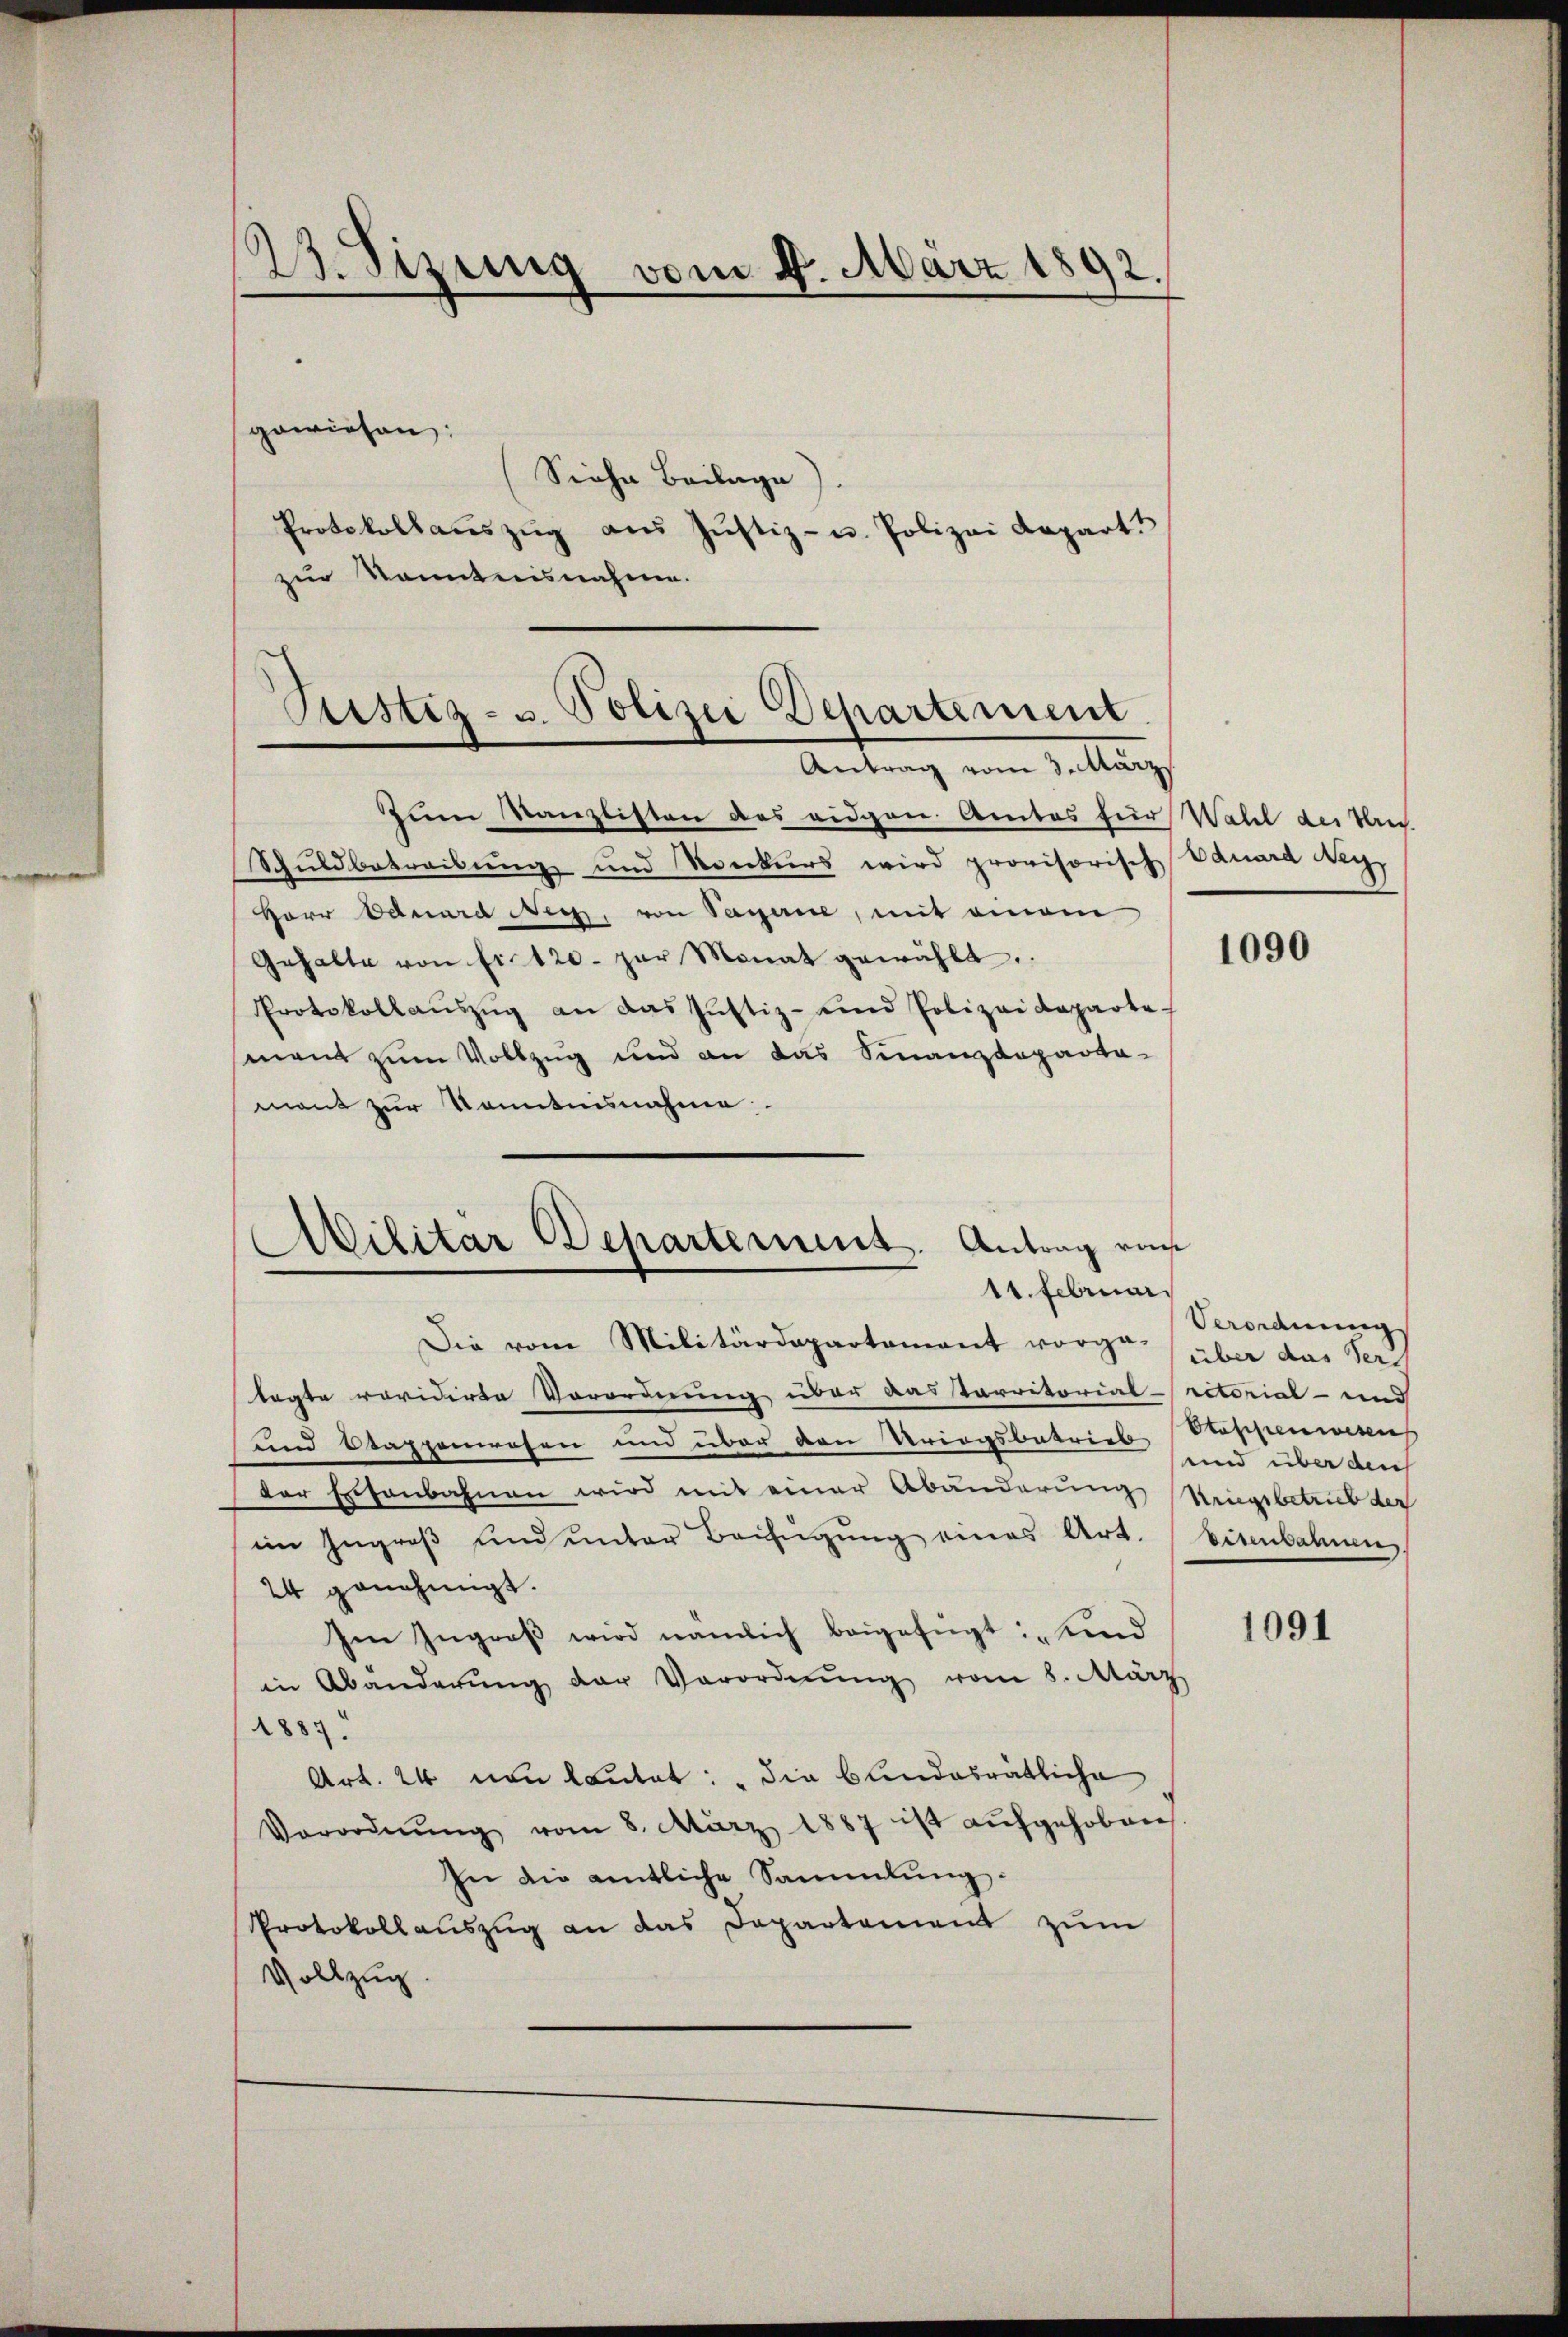
23. Sizung vom 4. März 1892.

gewiesen:
Siehe Beilage).
Protokollaŭszŭg aŭs Jŭstiz- u. Polizei Kapart
zur Kenntnisnahme.

Sistiz- u. Polizei Departement.
Antrag vom 3. März

Zum Kanzlisten des eidgen Amtes für Wahl des Ver
Schuldbetreibung und Konkurs wird provisorisch
Herr Eduard Nich, von Sagerie, mit einem
Gehalte von fr. 120. zŭr Monat gewählt.
Protokollaŭszŭg an das Jŭstiz- und Polizeideparte-
sment zum Vollzug und an das Finanzdeparta-
mant zur Kenntnisnahme

Militär Departement. Antrag von
.
11. Februar

Die vom Militärdepartement vorge (über das Vertagte revidirte Vorordnung über dastarritorial-rectorial - und
und Stappenrosen und über den Kriegsbetrieb Stoppenitens
der Eisenbahnen wird mit einer Abänderung Singsbetrieb der
im Ingroß und unter Beifügung eines Art. Eisenbahnen
24 genehmigt.
Im Ingroβ wird nämlich beigefügt: „Kind
in Abänderŭng der Verordnŭng vom 8. März
1883.
Art. 24 non lautet: "die blindesrätliche
Verordnŭng vom 8. März 1887 ist aŭfgehoben
In die amtliche Sammlung:
Protokollaŭszŭg an das Departement zum
Vollzug

banara Nic

1090

Verordnung
und über den

1091